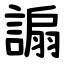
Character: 謆